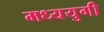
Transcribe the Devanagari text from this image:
मध्ययुगी